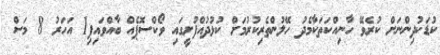
ކުޑަކުދިންނަށް ކުރެވޭ ހާނިއްކަތަކާމެދު ހޭލުންތެރިކުރުމަށް ކުޅުދުއްފުށީގައި ވޯކްސޮޕެއް ބާއްވައިފި1 އަހަރު 8 މަސް